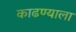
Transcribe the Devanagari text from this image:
काढण्याला